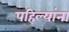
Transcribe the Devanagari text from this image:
पहिल्यांना